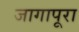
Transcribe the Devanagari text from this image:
जागापूरा